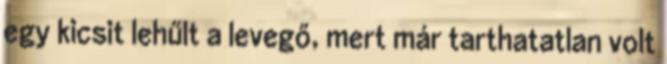
egy kicsit lehűlt a levegő, mert már tarthatatlan volt